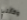
وكأنني